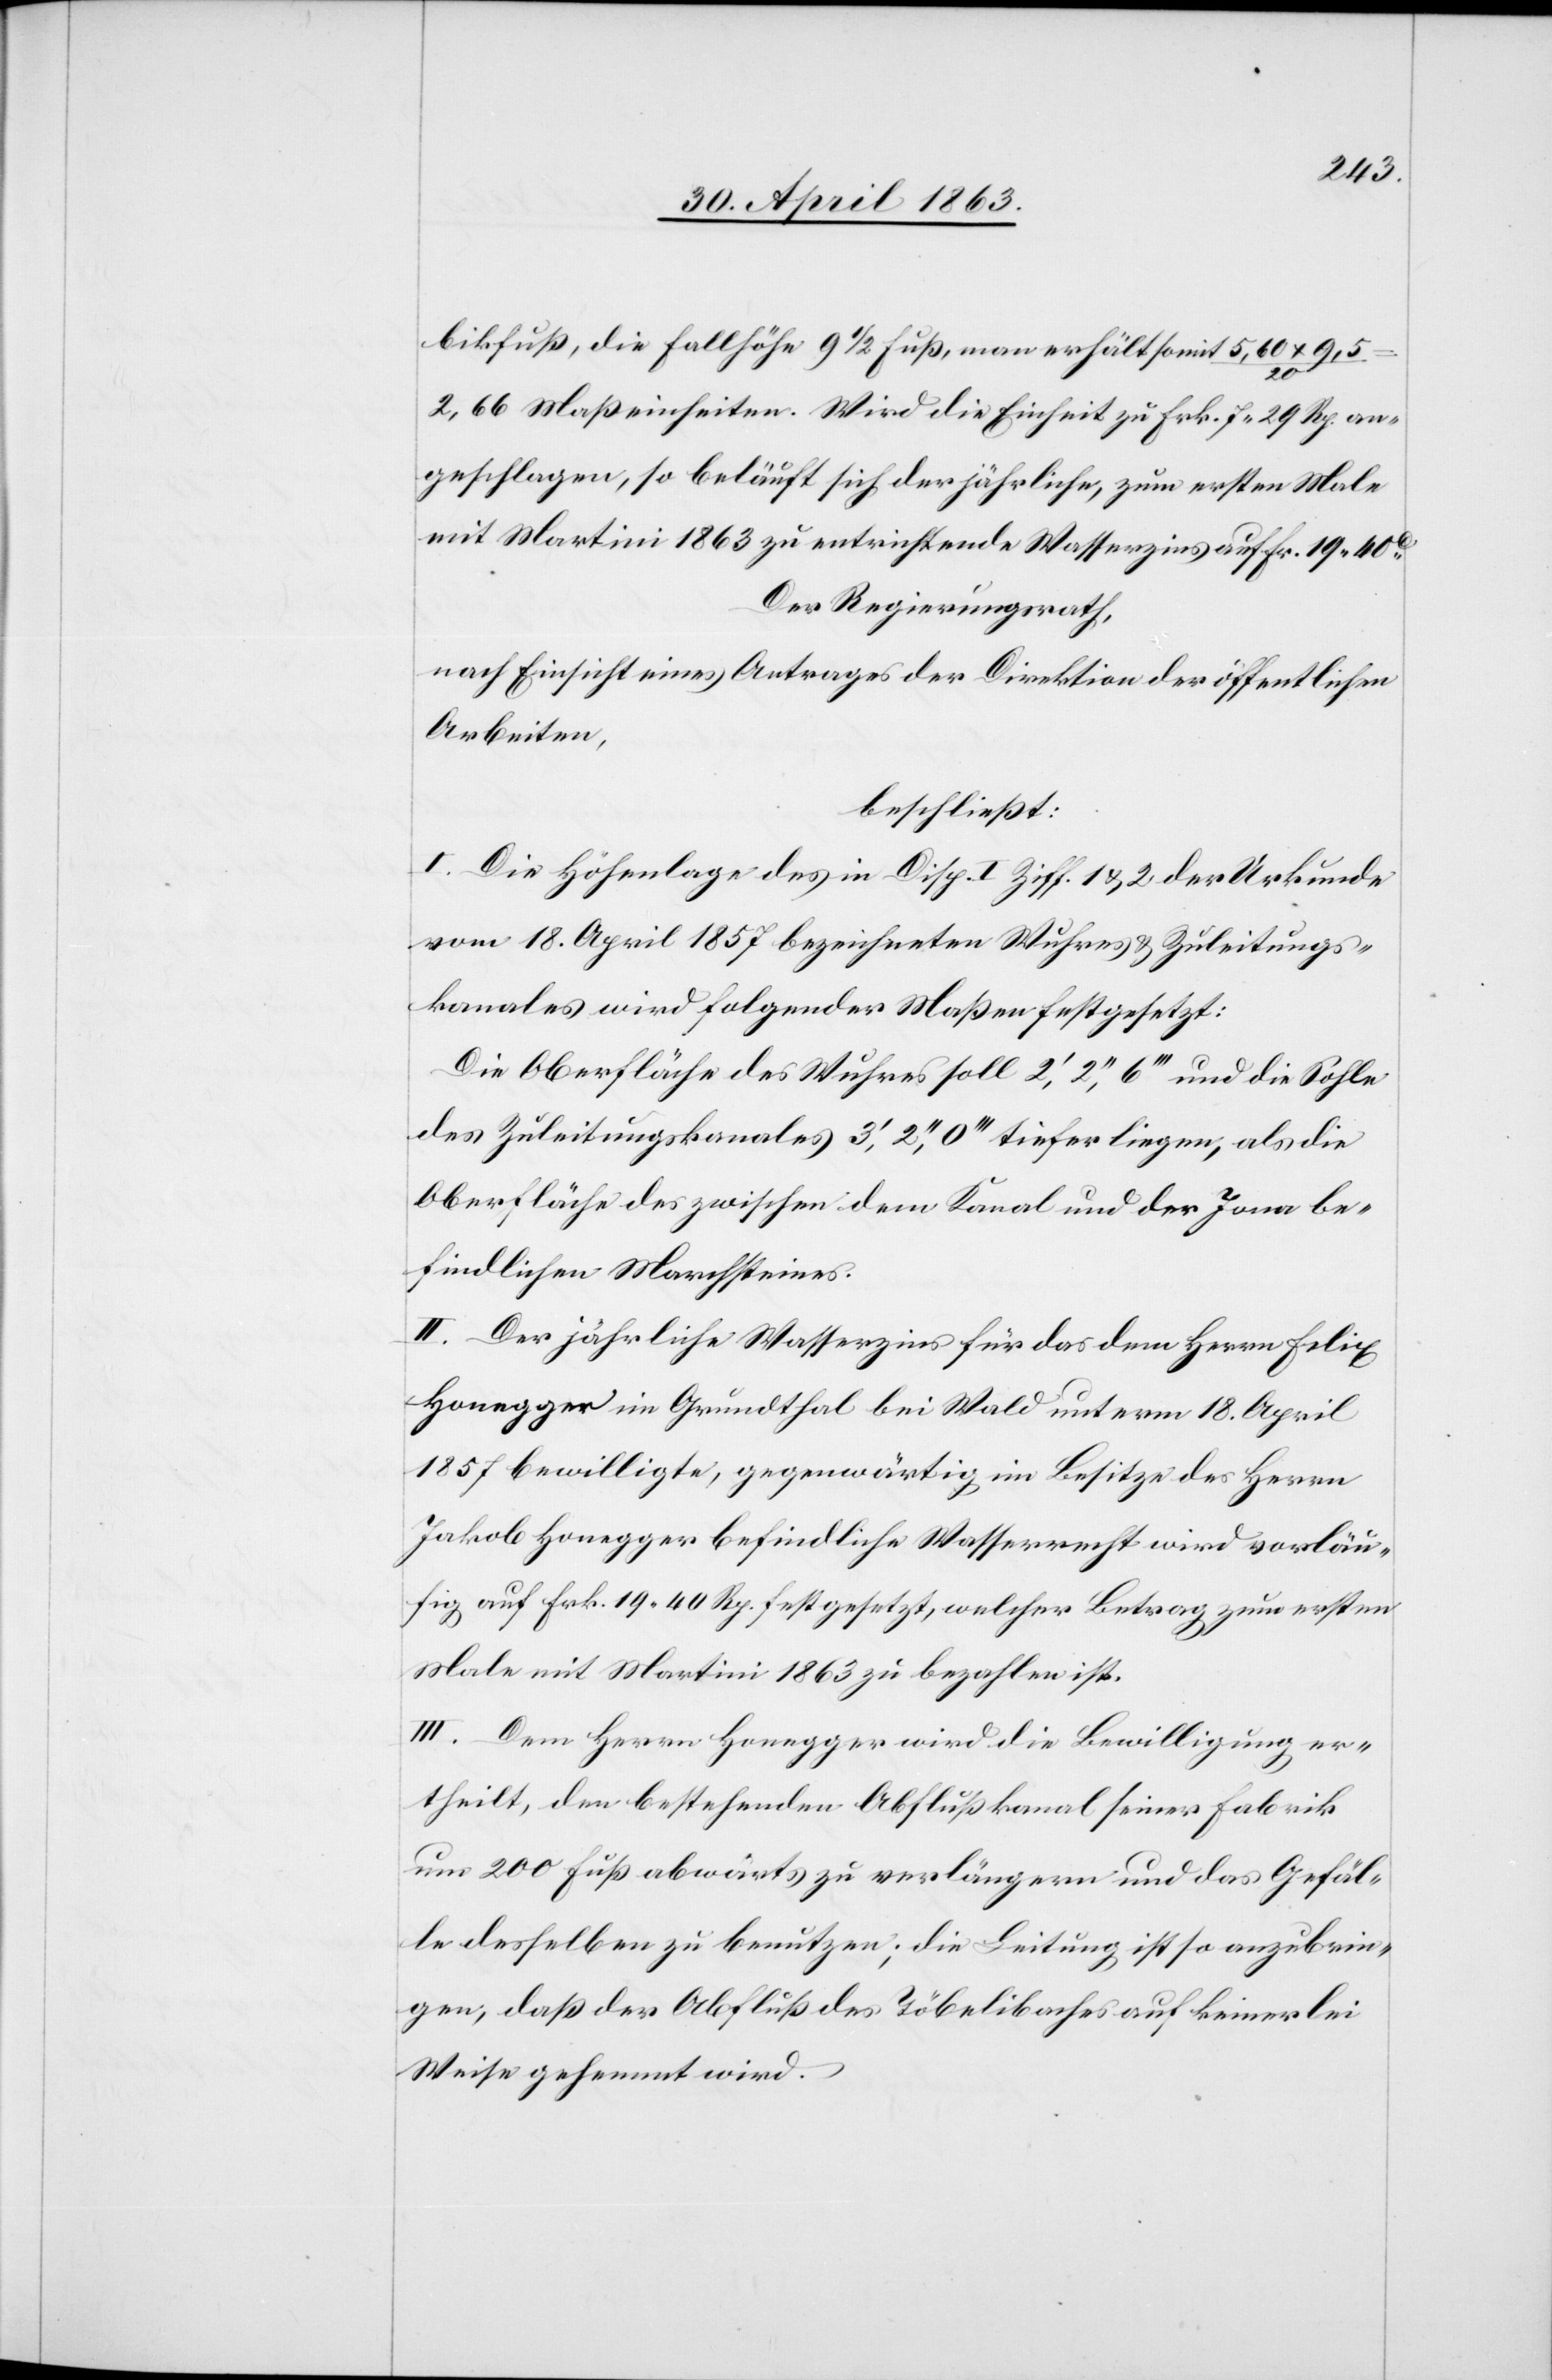
bikfuß, die Fallhöhe 9 1/2 Fuß, man erhält somit 5,60 x 9,5
2,66 Maßeinheiten. Wird die Einheit zu Frk. 7. 29 Rp. an¬
geschlagen, so beläuft sich der jährliche, zum ersten Male
mit Martini 1863 zu entrichtende Wasserzins auf Fr. 19. 40c
Der Regierungsrath,
nach Einsicht eines Antrages der Direktion der öffentlichen
Arbeiten,
beschließt:
I. Die Höhenlage des in Disp. I Ziff. 1 & 2 der Urkunde
vom 18. April 1857 bezeichneten Wuhres & Zuleitungs¬
kanales wird folgender Maßen festgesetzt:
Die Oberfläche des Wuhres soll 2', 2'', 6''' und die Sohle
des Zuleitungskanales 3', 2'', 0''' tiefer liegen, als die
Oberfläche des zwischen dem Kanal und der Jona be¬
findlichen Marchsteines.
II. Der jährliche Wasserzins für das dem Herrn Felix
Honegger im Grundthal bei Wald unterm 18. April
1857 bewilligte, gegenwärtig im Besitze des Herrn
Jakob Honegger befindliche Wasserrecht wird vorläu¬
fig auf Frk. 19. 40 Rp. festgesetzt, welcher Betrag zum ersten
mit Martini 1863 zu bezahlen ist.
III. Dem Herrn Honegger wird die Bewilligung er¬
theilt, den bestehenden Abflußkanal seiner Fabrik
um 200 Fuß abwärts zu verlängern und das Gefäl¬
le desselben zu benutzen; die Leitung ist so anzubrin¬
gen, daß der Abfluß des Töbelibaches auf keinerlei
Weise gehemmt wird.